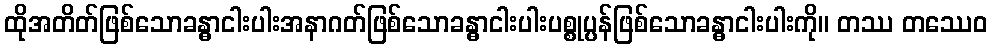
ထိုအတိတ်ဖြစ်သောခန္ဓာငါးပါးအနာဂတ်ဖြစ်သောခန္ဓာငါးပါးပစ္စုပ္ပန်ဖြစ်သောခန္ဓာငါးပါးကို။ တဿ တဿေဝ